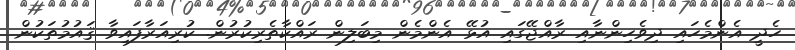
ހެދީ އެންމެހައި ދިވެހިންނާއި ރާއްޖޭގައި އުޅޭ އެންމެން މިބަލިން ރައްކާތެރިކުރުން. ކުރިއަރާފައިވާ ޤައުމުތަކުން